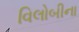
વિલોબીના